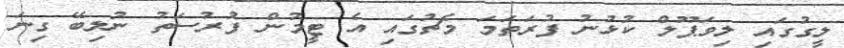
ލީގުގައި ލިވަޕޫލް ކުޅުނު ފުރަތަމަ މެޗުގައި އެ ޓީމުން ފުރުސަތު ނުލިބޭ ގިނަ